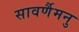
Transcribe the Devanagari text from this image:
सावर्णैमनु